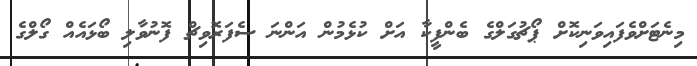
މިނެޓަށްވެފައިވަނިކޮށް ޕޯޗުގަލްގެ ބެންފީކާ އަށް ކުޅެމުން އަންނަ ސެފަރޮވިޗް ފޮނުވާލި ބޯޅައެއް ގޯލްގެ